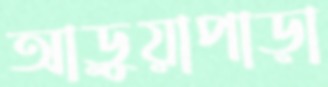
আড়ুয়াপাড়া